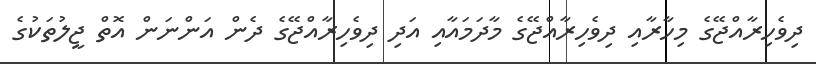
ދިވެހިރާއްޖޭގެ މިހާރާއި ދިވެހިރާއްޖޭގެ މާދަމައާއި އަދި ދިވެހިރާއްޖޭގެ ދެން އަންނަން އޮތް ޖީލުތަކުގެ